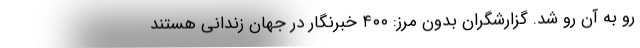
رو به آن‌ رو شد. گزارشگران بدون مرز: ۴۰۰ خبرنگار در جهان زندانی هستند